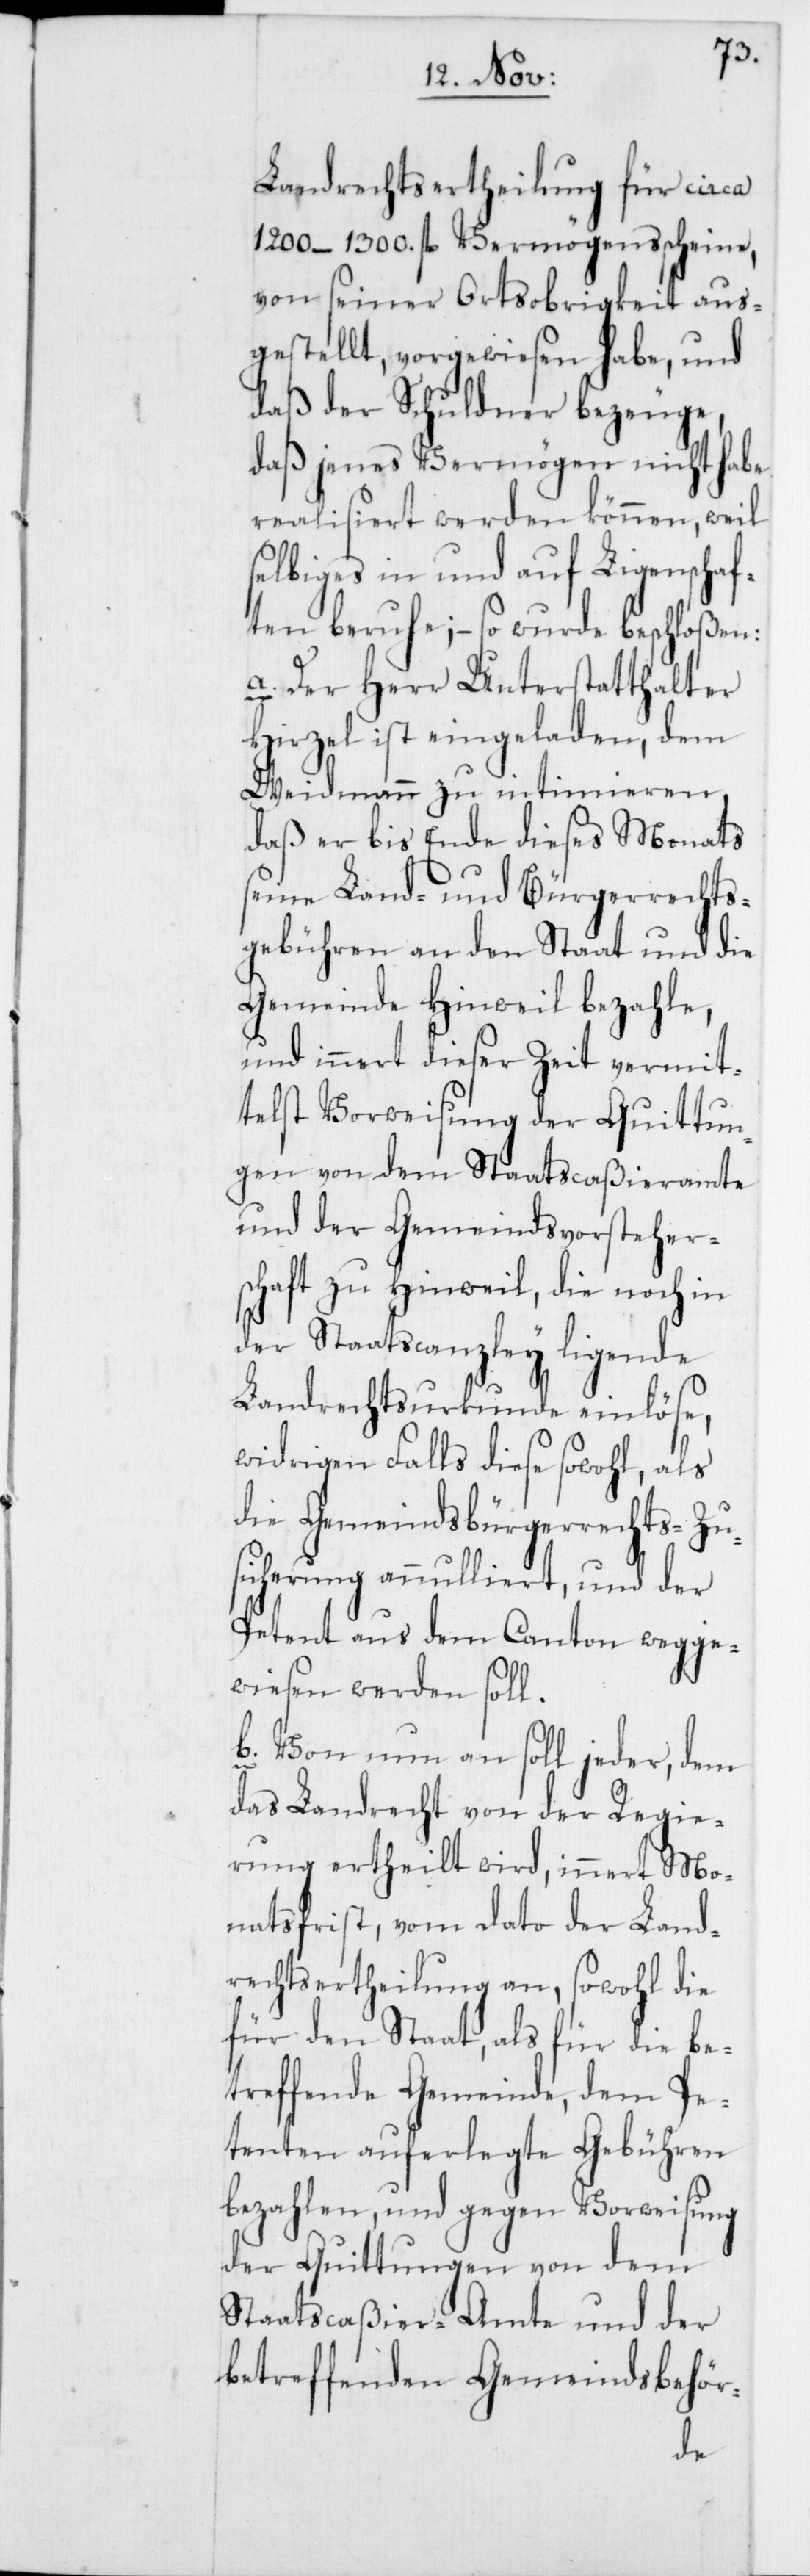
Landrechtsertheilung für circa
1200–1300 fl. Vermögensscheine,
von seiner Ortsobrigkeit aus¬
gestellt, vorgewiesen habe, und
daß der Schuldner bezeuge,
daß jenes Vermögen nicht habe
realisiert werden können, weil
selbiges in und auf Liegenschaf¬
ten beruhe; – so wurde beschloßen:
a. Der Herr Unterstatthalter
Hirzel ist eingeladen, dem
Weidmann zu intimieren,
daß er bis Ende dieses Monats
seine Land- und Bürgerrechts¬
gebühren an den Staat und die
Gemeinde Hinweil bezahle,
und innert dieser Zeit vermit¬
telst Vorweisung der Quittun¬
gen von dem Staatscaßieramte
und der Gemeindsvorstehers¬
chaft zu Hinweil, die noch in
der Staatscanzley ligende
Landrechtsurkunde einlöse,
widrigen Falls diese sowohl, als
die Gemeindsbürgerrechts-Zu¬
sicherung annulliert, und der
Petent aus dem Canton wegge¬
wiesen werden soll.
b. Von nun an soll jeder, dem
das Landrecht von der Regie¬
rung ertheilt wird, innert Mo¬
natsfrist, vom dato der Land¬
rechtsertheilung an, sowohl die
für den Staat, als für die be¬
treffende Gemeinde, dem Pe¬
tenten auferlegte Gebühren
bezahlen, und gegen Vorweisung
der Quittungen von dem
Staatscaßier-Amte und der
betreffenden Gemeindsbehör-